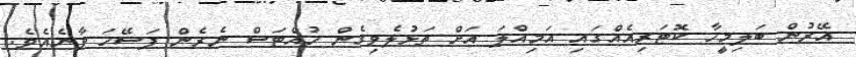
އޭރުން ބަލިމީހާ ކޮޓަރިއެއްގައި އަމިއްލަ އަށް ތަޅުލެވިގެން ހުއްޓަސް ނެރެން ފަސޭހަ ވާނެއެވެ.